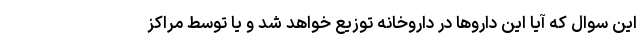
این سوال که آیا این داروها در داروخانه توزیع خواهد شد و یا توسط مراکز